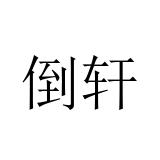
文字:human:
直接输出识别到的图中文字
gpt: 倒轩